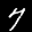
Label: 7